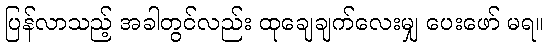
ပြန်လာသည့် အခါတွင်လည်း ထုချေချက်လေးမျှ ပေးဖော် မရ။